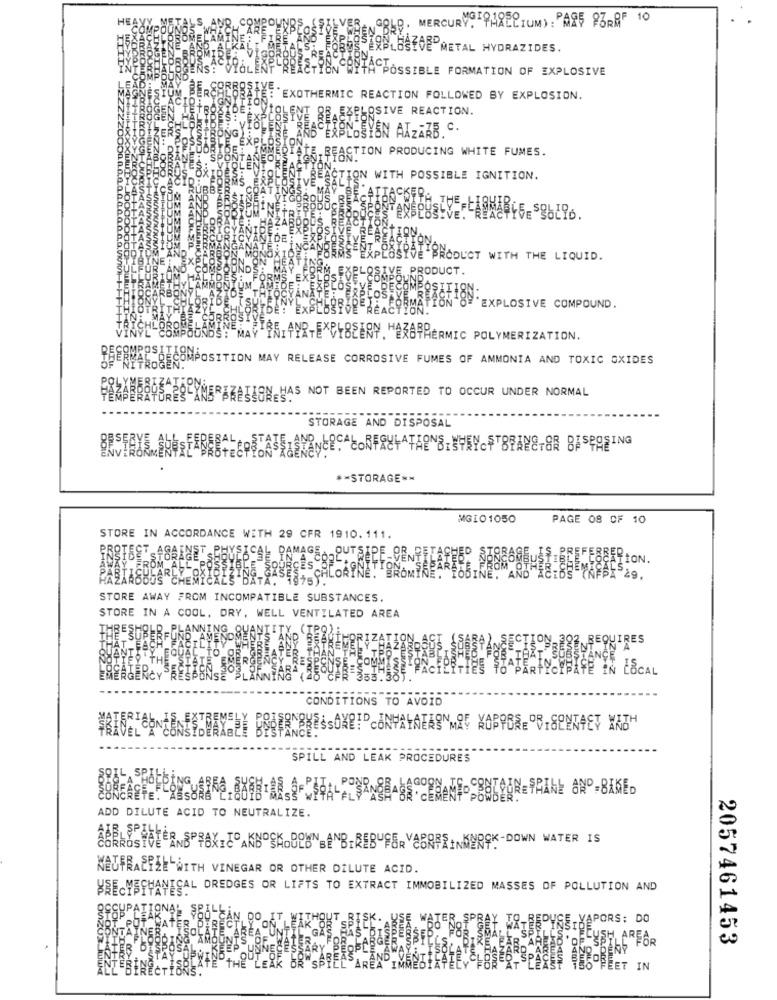
HE
"GOLE. MERCURY. PARECIUM) : PARS 83PRE 10
EXPLOSION METAL HYDRAZIDES.
POSSIBLE FORMATION OF EXPLOSIVE
EXOTHERMIC REACTION FOLLOWED BY EXPLOSION.
B.EXPLOSIVE REACTION.
ZZZ
SYON AIZARB. C.
TION PRODUCING WHITE FUMES.
ON WITH POSSIBLE IGNITION.
WITH THE LIQUID.
RODUCT.
EXPLOSIVE COMPOUND.
F5.4NR-EXPYBEERY. HEROTHERMIC POLYMERIZATION.
MPOSITION MAY RELEASE CORROSIVE FUMES OF AMMONIA AND TOXIC OXIDES
ERZA BOYBRESLINERAZATION HAS NOT BEEN REPORTED TO OCCUR UNDER NORMAL
STORAGE AND DISPOSAL
** STORAGE ==
MGIO1050
PAGE 08 OF 10
STORE IN ACCORDANCE WITH 29 CFR 1910.111.
C
DAMAGE
OUTS
ON.
ES
ATA.
1975
STORE AWAY FROM INCOMPATIBLE SUBSTANCES.
STORE IN A COOL, DRY, WELL VENTILATED AREA
REQUIRES
PATE IN ESCAL
CONDITIONS TO AVOID
SPILL AND LEAK PROCEDURES
ADD DILUTE ACID TO NEUTRALIZE.
NEUTRALIZE WITH VINEGAR OR OTHER DILUTE ACID.
WSE-MECHANICAL DREDGES OR LIFTS TO EXTRACT IMMOBILIZED MASSES OF POLLUTION AND
ER SPR
YAPORS: DO
SP
ECUSH, AREOR
2057461453
RD AF
âÈPOBEN
O FEET IN